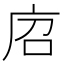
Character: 𢈆